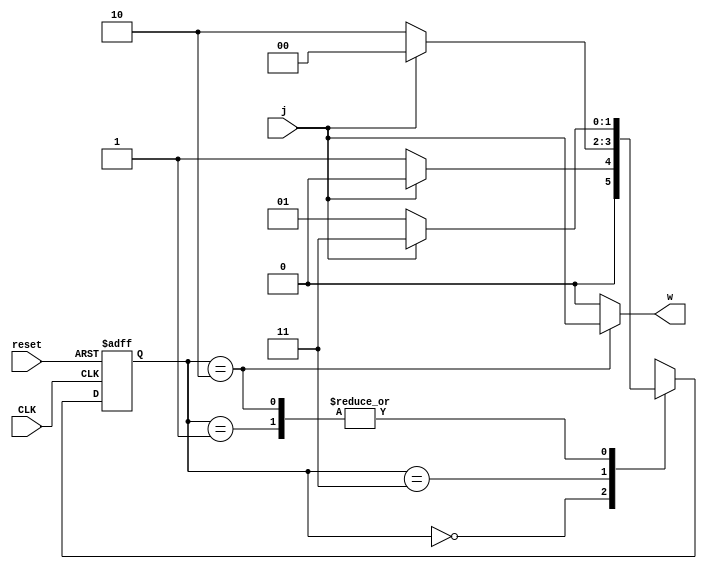
`timescale 1ns/1ns

module Mealy0101 (
	input CLK, j, reset, output w
);
	reg [1:0] ns;
	reg [1:0] ps;
	parameter [1:0] A = 2'd0, B = 2'd1, C = 2'd3, D = 2'd2;

	always @(ps, j) begin
		ns = A;
		case (ps)
			A: ns = j ? A : B;
			B: ns = j ? C : B;
			C: ns = j ? A : D;
			D: ns = j ? C : B;
			default : ns = A;
		endcase
	end

	assign w = (ps == D) ? j : 1'b0;
	always @(posedge CLK or posedge reset) begin : proc_
		if(reset) begin
			 ps <= 0;
		end else begin
			 ps <= ns ;
		end
	end

endmodule